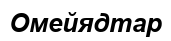
Омейядтар